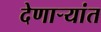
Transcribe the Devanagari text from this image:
देणाऱ्यांत